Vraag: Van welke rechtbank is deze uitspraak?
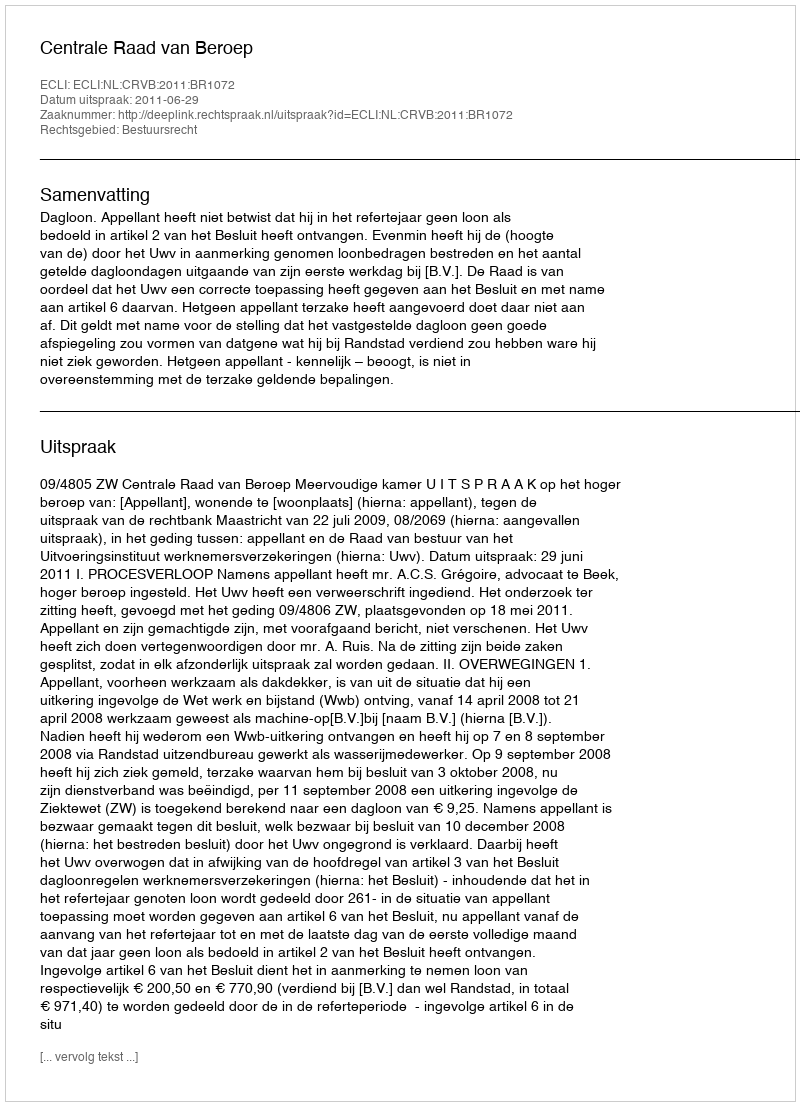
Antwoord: Centrale Raad van Beroep